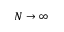
N \to \infty